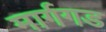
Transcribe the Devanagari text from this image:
मार्गगड